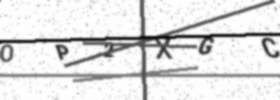
Text: OP2XGC